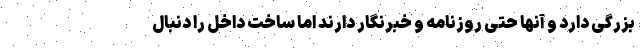
بزرگی دارد و آنها حتی روزنامه و خبرنگار دارند اما ساخت داخل را دنبال